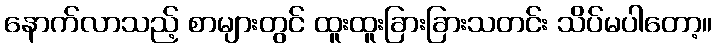
နောက်လာသည့် စာများတွင် ထူးထူးခြားခြားသတင်း သိပ်မပါတော့။